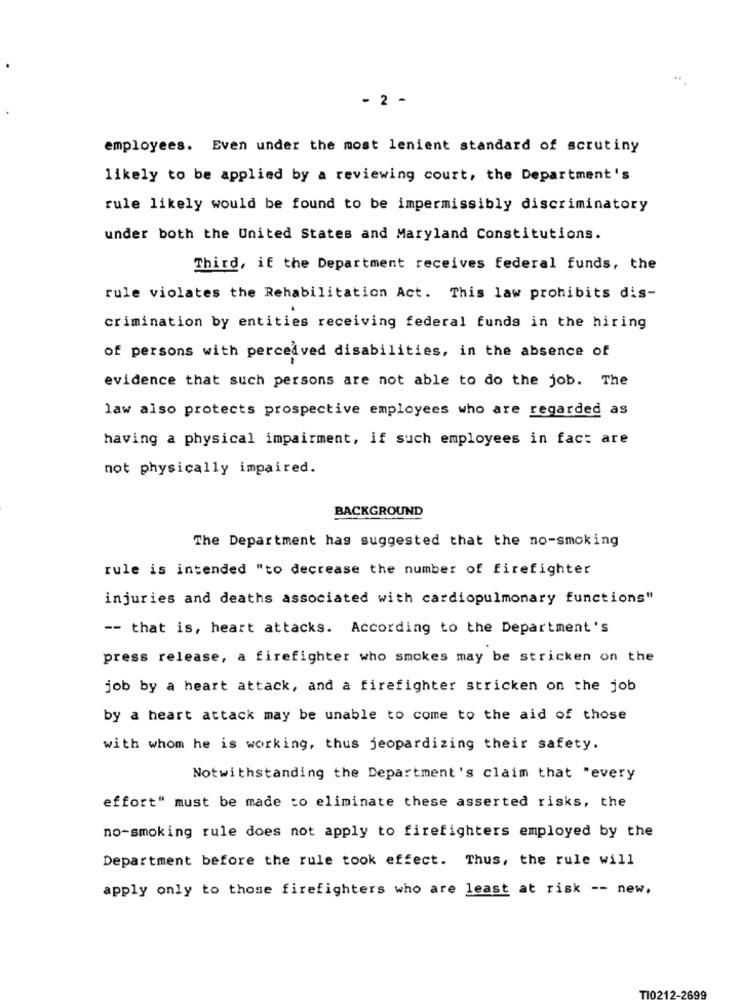
- 2 -
employees. Even under the most lenient standard of scrutiny
likely to be applied by a reviewing court, the Department's
rule likely would be found to be impermissibly discriminatory
under both the United States and Maryland Constitutions.
Third, if the Department receives federal funds, the
rule violates the Rehabilitation Act. This law prohibits dis-
crimination by entities receiving federal funds in the hiring
of persons with perceived disabilities, in the absence of
evidence that such persons are not able to do the job. The
law also protects prospective employees who are regarded as
having a physical impairment, if such employees in fact are
not physically impaired.
BACKGROUND
The Department has suggested that the no-smoking
rule is intended "to decrease the number of firefighter
injuries and deaths associated with cardiopulmonary functions"
-- that is, heart attacks. According to the Department's
press release, a firefighter who smokes may be stricken on the
job by a heart attack, and a firefighter stricken on the job
by a heart attack may be unable to come to the aid of those
with whom he is working, thus jeopardizing their safety.
Notwithstanding the Department's claim that "every
effort" must be made to eliminate these asserted risks, the
no-smoking rule does not apply to firefighters employed by the
Department before the rule took effect. Thus, the rule will
apply only to those firefighters who are least at risk -- new,